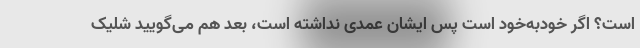
است؟ اگر خودبه‌خود است پس ایشان عمدی نداشته است، بعد هم می‌گویید شلیک